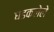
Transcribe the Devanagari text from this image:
धडकलेले